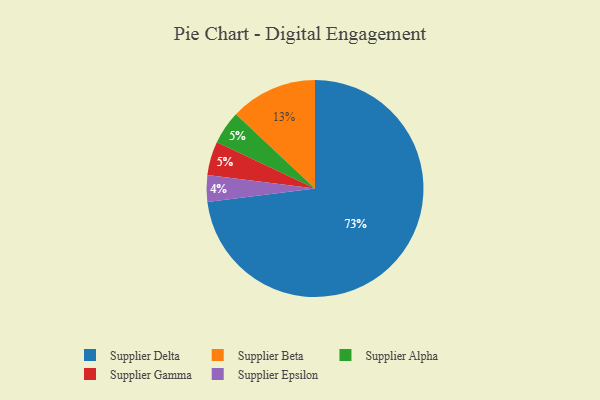
{"axis": {"x": "Category", "y": "Percentage"}, "legend": ["Supplier Alpha", "Supplier Beta", "Supplier Delta", "Supplier Epsilon", "Supplier Gamma"], "data": [{"x": "Supplier Beta", "y": 13, "type": "Supplier Beta"}, {"x": "Supplier Alpha", "y": 5, "type": "Supplier Alpha"}, {"x": "Supplier Delta", "y": 73, "type": "Supplier Delta"}, {"x": "Supplier Gamma", "y": 5, "type": "Supplier Gamma"}, {"x": "Supplier Epsilon", "y": 4, "type": "Supplier Epsilon"}]}